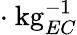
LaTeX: \cdot\ {\mathrm{kg}_{EC}^{-1}}